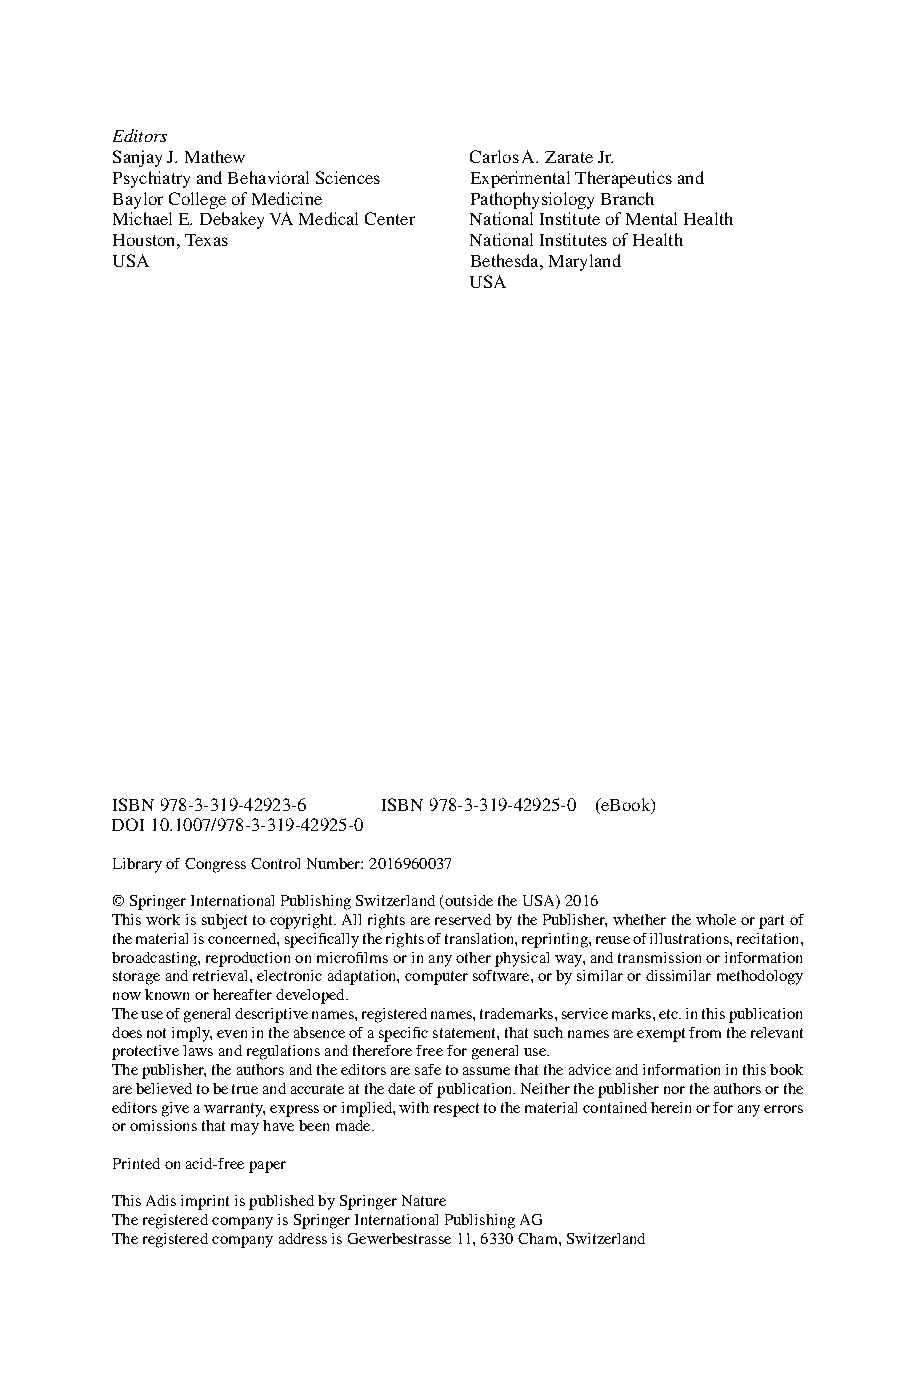
Editors
 Sanjay J. Mathew        Carlos A. Zarate Jr.
 Psychiatry and Behavioral Sciences Experimental Therapeutics and
 Baylor College of Medicine Pathophysiology Branch
 Michael E. Debakey VA Medical Center National Institute of Mental Health
 Houston , Texas         National Institutes of Health
 USA                     Bethesda, Maryland
 USA
 ISBN 978-3-319-42923-6 ISBN 978-3-319-42925-0 (eBook)
 DOI 10.1007/978-3-319-42925-0
 Library of Congress Control Number: 2016960037
 © Springer International Publishing Switzerland (outside the USA) 2016
 T his work is subject to copyright. All rights are reserved by the Publisher, whether the whole or part of
 the material is concerned, specifi cally the rights of translation, reprinting, reuse of illustrations, recitation,
 broadcasting, reproduction on microfi lms or in any other physical way, and transmission or information
 storage and retrieval, electronic adaptation, computer software, or by similar or dissimilar methodology
 now known or hereafter developed.
 The use of general descriptive names, registered names, trademarks, service marks, etc. in this publication
 does not imply, even in the absence of a specifi c statement, that such names are exempt from the relevant
 protective laws and regulations and therefore free for general use.
 T he publisher, the authors and the editors are safe to assume that the advice and information in this book
 are believed to be true and accurate at the date of publication. Neither the publisher nor the authors or the
 editors give a warranty, express or implied, with respect to the material contained herein or for any errors
 or omissions that may have been made.
 Printed on acid-free paper
 This Adis imprint is published by Springer Nature
 The registered company is Springer International Publishing AG
 The registered company address is Gewerbestrasse 11, 6330 Cham, Switzerland